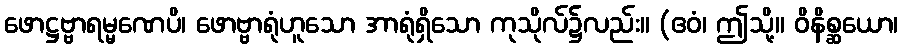
ဖောဋ္ဌဗ္ဗာရမ္မဏေပိ၊ ဖောဗ္ဗာရုံဟူသော အာရုံရှိသော ကုသိုလ်၌လည်း။ (ဧဝံ၊ ဤသို့။ ဝိနိစ္ဆယော၊